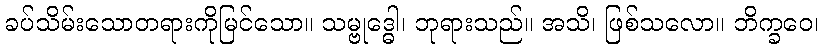
ခပ်သိမ်းသောတရားကိုမြင်သော။ သမ္ဗုဒ္ဓေါ၊ ဘုရားသည်။ အသိ၊ ဖြစ်သလော။ ဘိက္ခဝေ၊